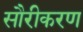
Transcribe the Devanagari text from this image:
सौरीकरण